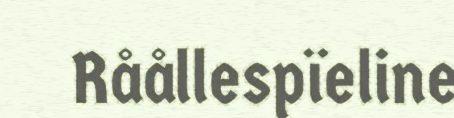
Råållespïeline